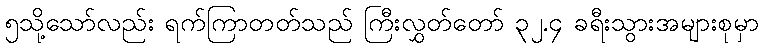
၅သို့သော်လည်း ရက်ကြာတတ်သည် ကြီးလွှတ်တော် ၃၂.၄ ခရီးသွားအများစုမှာ